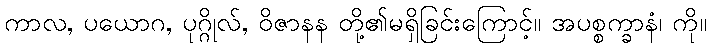
ကာလ, ပယောဂ, ပုဂ္ဂိုလ်, ဝိဇာနန တို့၏မရှိခြင်းကြောင့်။ အပစ္စက္ခာနံ၊ ကို။